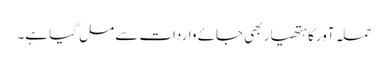
حملہ آورکا ہتھیار بھی جائے واردات سے مل گیا ہے۔